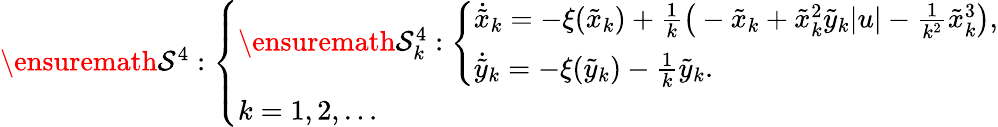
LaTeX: \begin{array}{r}{\ensuremath{\mathcal{S}}^{4}:\left\{ \begin{array}{l}{\ensuremath{\mathcal{S}}_{k}^{4}:\left\{ \begin{array}{l}{\dot{\tilde{x}}_{k}=-\xi(\tilde{x}_{k})+\frac{1}{k}\big(-\tilde{x}_{k}+\tilde{x}_{k}^{2}\tilde{y}_{k}|u|-\frac{1}{k^{2}}\tilde{x}_{k}^{3}\big),}\\ {\dot{\tilde{y}}_{k}=-\xi(\tilde{y}_{k})-\frac{1}{k}\tilde{y}_{k}.}\end{array}\right.}\\ {k=1,2,\ldots}\end{array}\right.}\end{array}